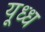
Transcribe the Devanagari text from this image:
यूध्ध